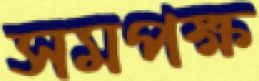
সমপক্ষ